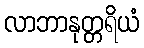
လာဘာနုတ္တရိယံ